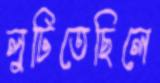
লুটিতেছিলে